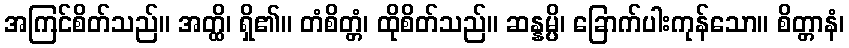
အကြင်စိတ်သည်။ အတ္ထိ၊ ရှိ၏။ တံစိတ္တံ၊ ထိုစိတ်သည်။ ဆန္နမ္ပိ၊ ခြောက်ပါးကုန်သော။ စိတ္တာနံ၊